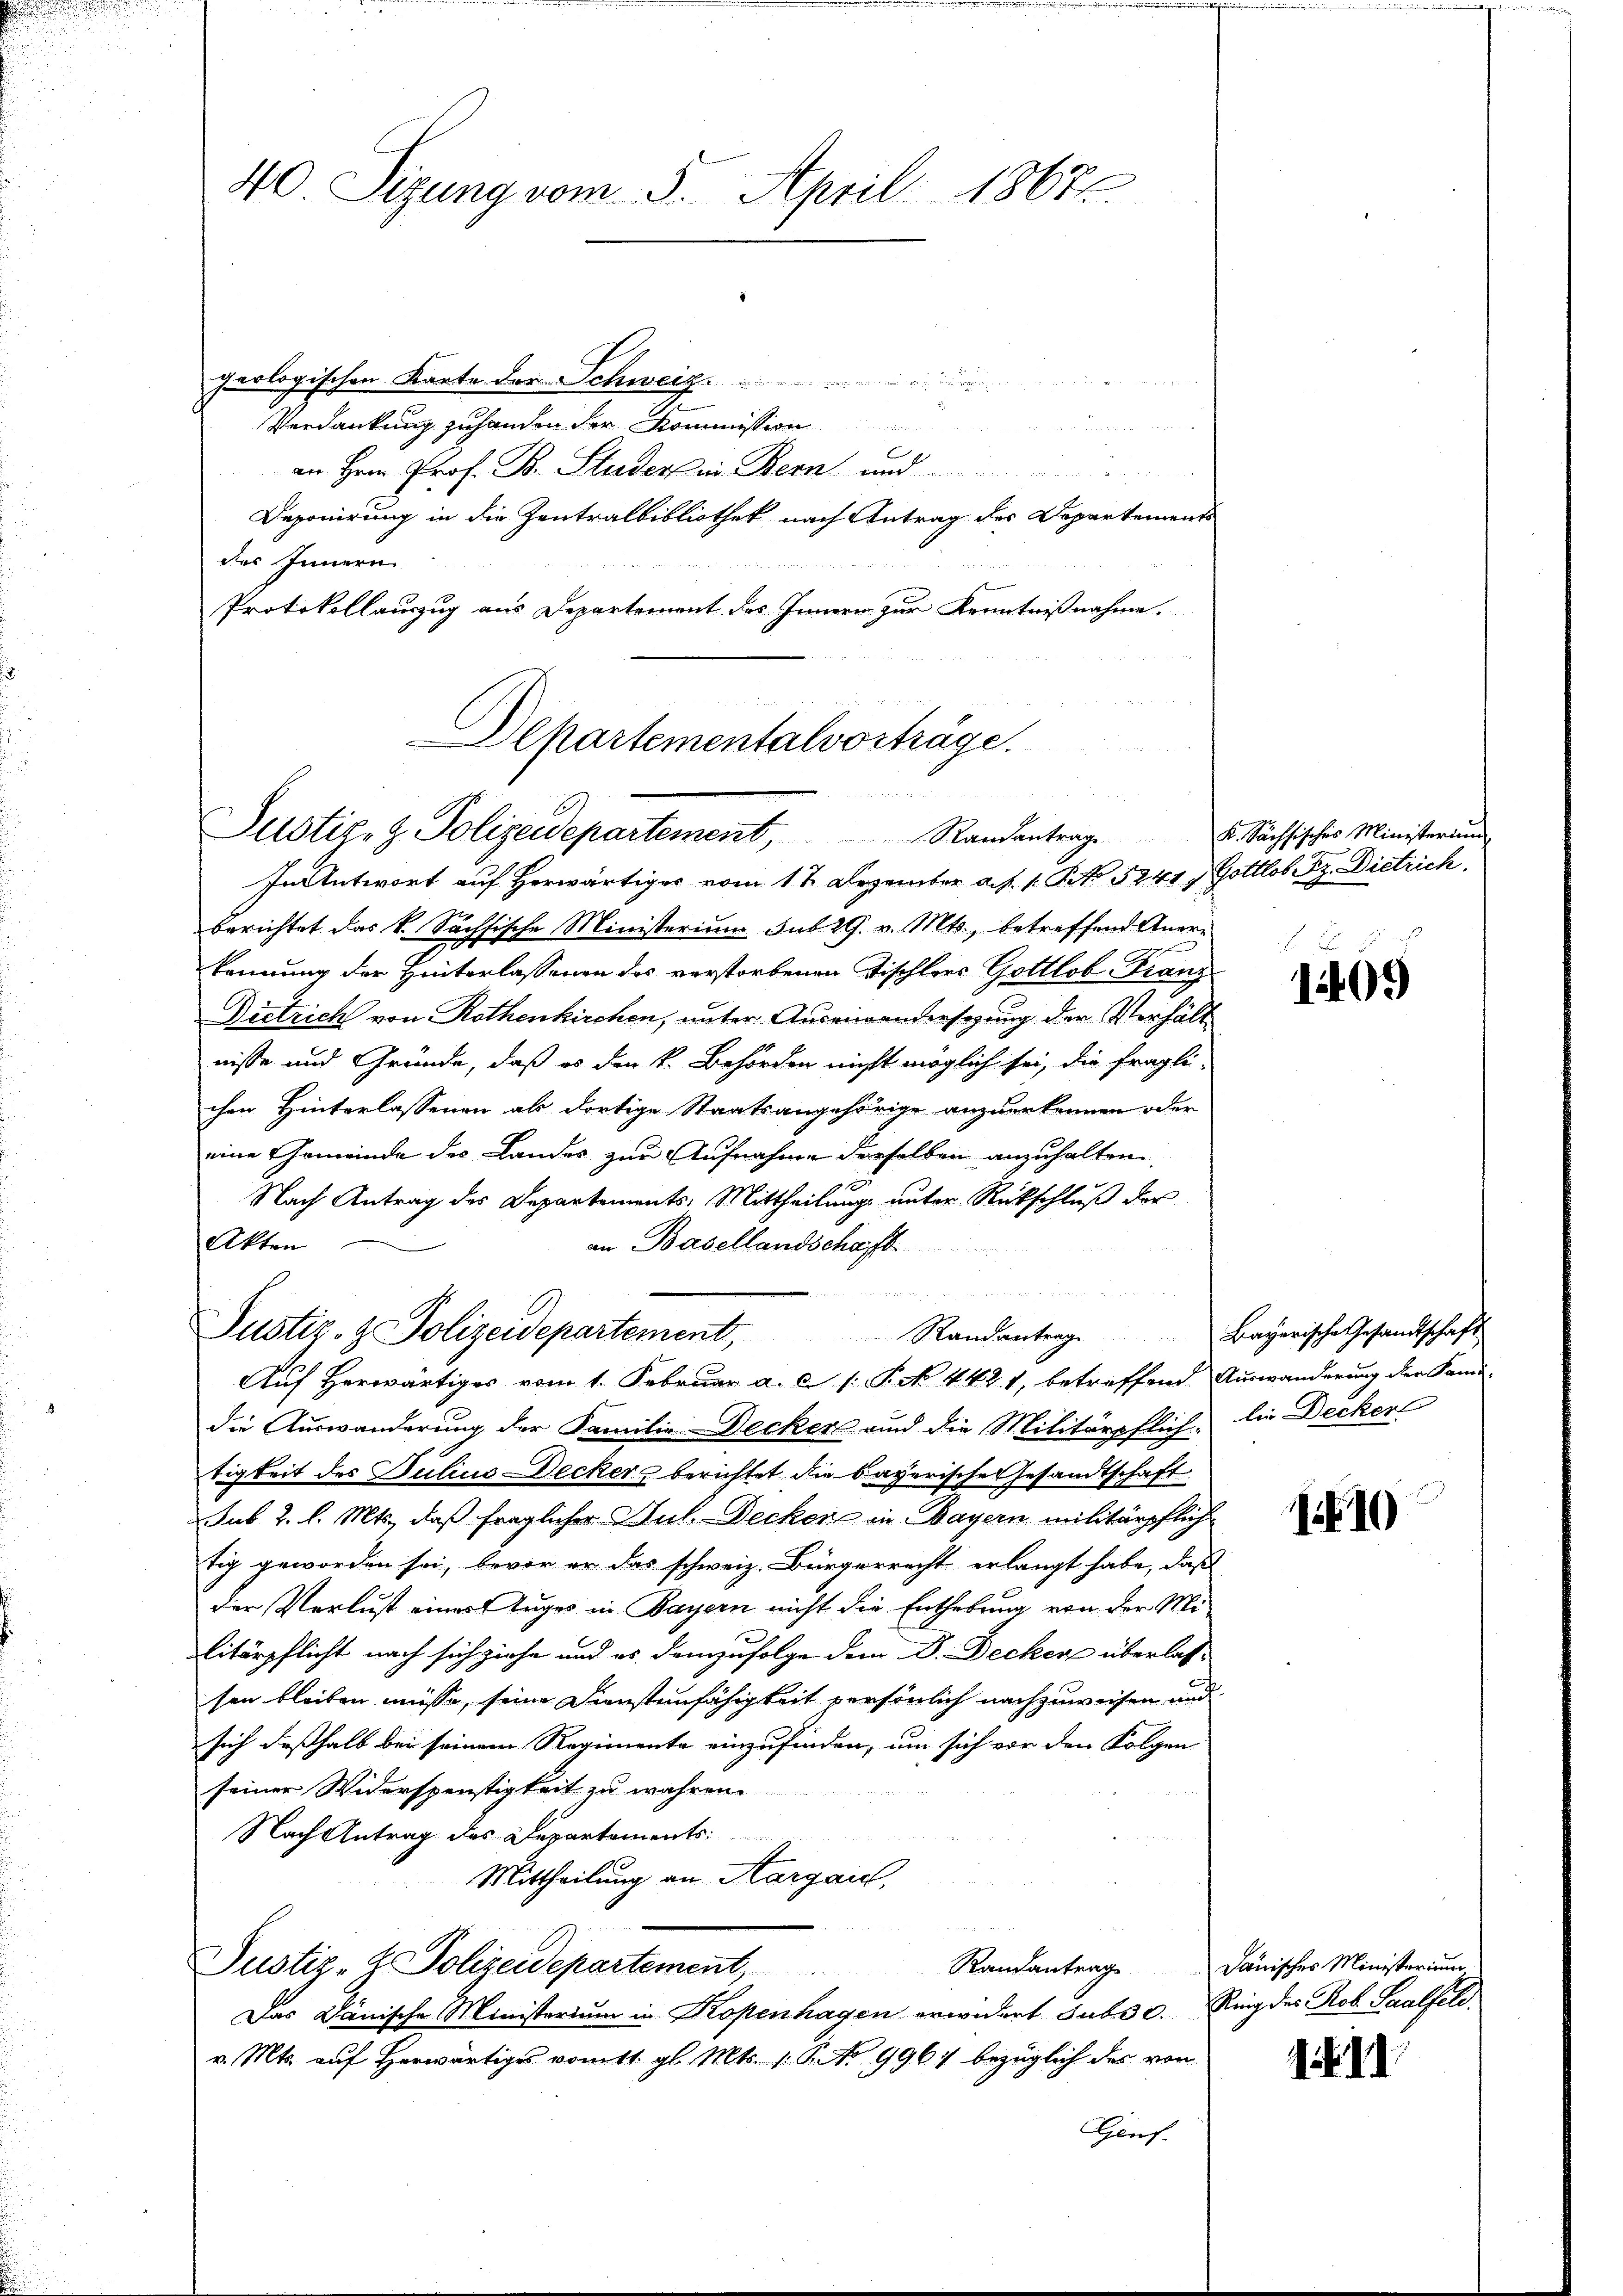
40 Sizung vom 5. April 18672

geologischen Karte der Schweiz.
Verdankung zuhanden der

an Hrn. Prof. Br. Studer in Bern und
Deponirung in die Zentralbibliothek nach Antrag des Departements
des Innern
Protokollauszug aus Departement des Innern zur Kenntnißnahme.

Departementalvorträge.
e
Justiz- & Polizeidepartement, Randantrag u. Sachsisches Ministerim

In Antwort auf herwärtiges vom 11 Dezember a. p. 1. No 5241. Gottlob Pz. Dietrich
berichtet das k. Sächsische Ministerium sub 29. v. Mts., betreffend Anerkennung der Hinterlassenen des verstorbenen Tischlers Gottlob Franz
Dietrich von Rothenkirchen, unter Auseinandersezung der Verhält
nisse und Gründe, daß es den k. Behörden nicht möglich sei, die fragli-
chen Hinterlassenen als dortige Staatsangehörige anzuerkennen oder
eine Gemeinde des Landes zur Aufnahme derselben anzuhalten
Nach Antrag des Departements-Mittheilung, unter Rückschluß der
Akten
an Basellandschaft
.
Randantrag Bayerische Gesandtschaft
Auf Herwärtiges vom 1. Februar a. c. 1: P. N. 442. 1, betreffend Auswanderung der Fami-
die Auswanderung der Familie-Decker und die Militärpflich, die Decker
tigkeit des Julius-Deckers berichtet die bayerisches Gesandtschaft
sub 2. l. Mts., daß fraglicher Jul. Decker in Bayern militärpflich
tig geworden sei, bevor er das schweiz. Bürgerrecht erlangt habe, daß
der Verlust eines Auges in Bayern nicht die Enthebung von der Militärpflicht nach sich ziehe und es demzufolge dem Dr. Becken überlass
sen bleiben müsse, seine Dienstenfähigkeit persönlich nachzuweisen und
sich deßhalb bei seinem Regimente einzufinden, um sich vor den Folgen
seiner Widerspenstigkeit zu währen.
Nach Antrag des Departements
Mittheilung an Aargau,
Justiz-H. Polizeidepartement,
Das Dänische Ministorium in Kopenhagen erwidert subsc. Ring des Rob. Saalfeld.
v. Mts. auf herwärtiges vom 11. gl. Mts. 1. P. No 9967 bezüglich des von
Genf.

Justiz- & Polizeidepartement,

B
1409

1610

Randantrag danisches Ministerium

I